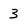
Character: 3